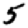
Digit: 5